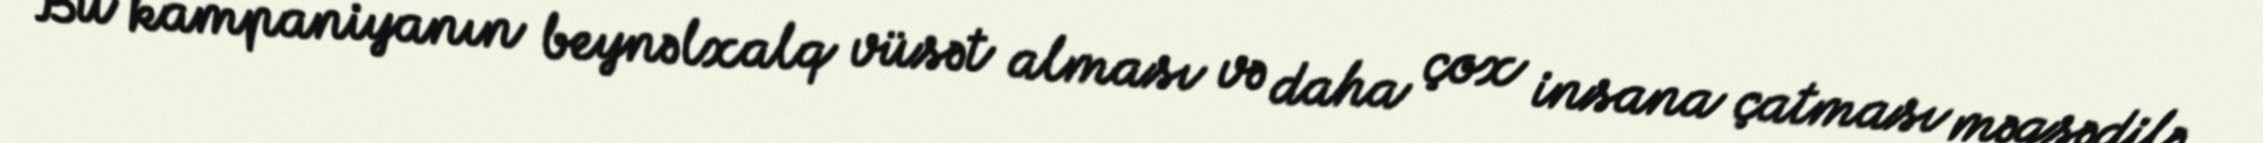
Bu kampaniyanın beynəlxalq vüsət alması və daha çox insana çatması məqsədilə